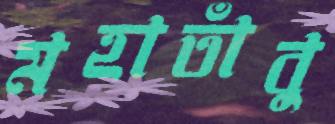
মহাতাঁবু